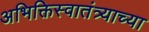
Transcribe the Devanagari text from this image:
अभिक्तिस्वातंत्र्याच्या